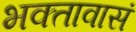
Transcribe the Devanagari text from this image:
भक्तावासं